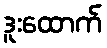
ဒူးထောက်